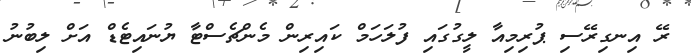
ރޭ އިނގިރޭސި ޕުރިމިއާ ލީގުގައި ފުލަހަމް ކައިރިން މެންޗެސްޓާ ޔުނައިޓެޑް އަށް ލިބުނު